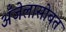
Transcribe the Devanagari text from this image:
अँजेलासोबत